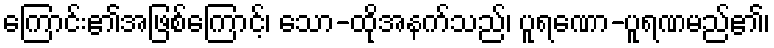
ကြောင်း၏အဖြစ်ကြောင့်၊ သော-ထိုအနက်သည်၊ ပူရဏော-ပူရဏမည်၏၊